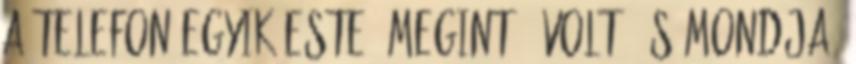
a telefon egyik este. Megint ő volt, és mondja,